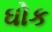
ઘોક